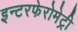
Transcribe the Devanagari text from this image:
इन्टरफेरोमेट्री